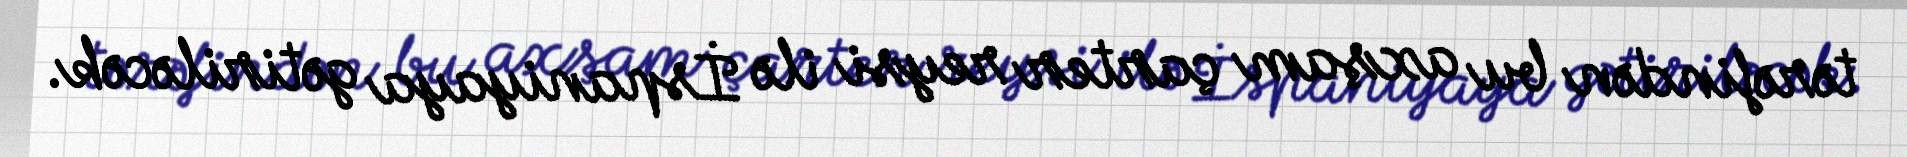
tərəfindən bu axşam çarter reysi ilə İspaniyaya gətiriləcək.